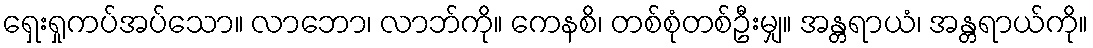
ရှေးရှုကပ်အပ်သော။ လာဘော၊ လာဘ်ကို။ ကေနစိ၊ တစ်စုံတစ်ဦးမျှ။ အန္တရာယံ၊ အန္တရာယ်ကို။